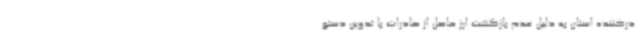
درکننده استان به دلیل عدم بازگشت ارز حاصل از صادرات با تدوین دستو